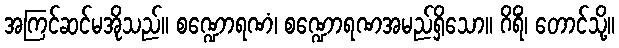
အကြင်ဆင်မအိုသည်။ စဏ္ဍောရဏံ၊ စဏ္ဍောရဏအမည်ရှိသော။ ဂိရိံ၊ တောင်သို့။